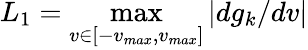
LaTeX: L_{1}=\operatorname*{max}_{v\in[-v_{max},v_{max}]}|dg_{k}/dv|